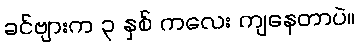
ခင်ဗျားက ၃ နှစ် ကလေး ကျနေတာပဲ။